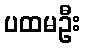
ပထမဦး